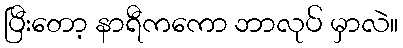
ပြီးတော့ နာရီကကော ဘာလုပ် မှာလဲ။